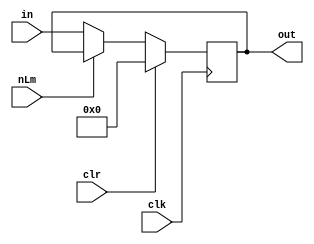
module  MAR (clr,in,out,clk,nLm);
output reg [3:0]   out;
input          clr,clk,nLm;
input  [3:0]   in;

always@(posedge clk)
if(clr)  out<=8'b0;
else if(!nLm) out<=in;
else 	 out<= out;

endmodule